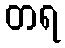
တရ